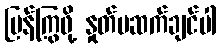
ပြန်ကြွဖို့ နှုတ်မဆက်ချင်ပါ